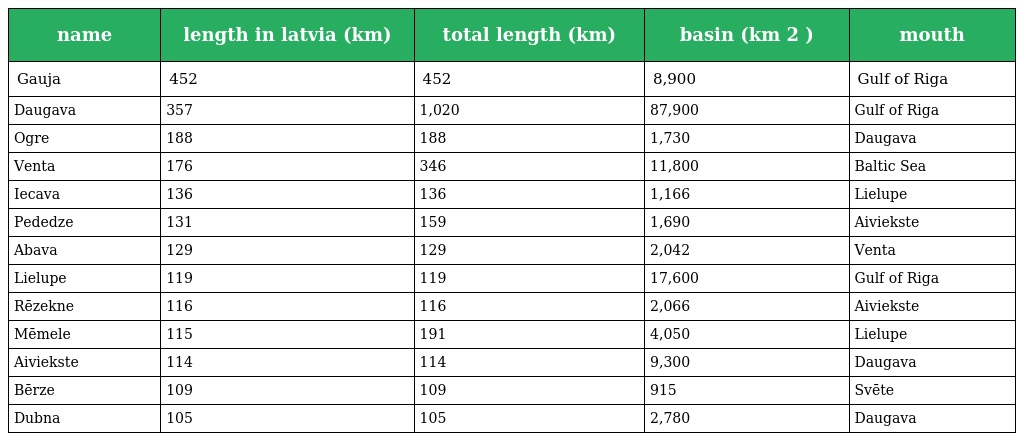
| name | length in latvia (km) | total length (km) | basin (km 2 ) | mouth |
 | --- | --- | --- | --- | --- |
 | Gauja | 452 | 452 | 8,900 | Gulf of Riga |
 | Daugava | 357 | 1,020 | 87,900 | Gulf of Riga |
 | Ogre | 188 | 188 | 1,730 | Daugava |
 | Venta | 176 | 346 | 11,800 | Baltic Sea |
 | Iecava | 136 | 136 | 1,166 | Lielupe |
 | Pededze | 131 | 159 | 1,690 | Aiviekste |
 | Abava | 129 | 129 | 2,042 | Venta |
 | Lielupe | 119 | 119 | 17,600 | Gulf of Riga |
 | Rēzekne | 116 | 116 | 2,066 | Aiviekste |
 | Mēmele | 115 | 191 | 4,050 | Lielupe |
 | Aiviekste | 114 | 114 | 9,300 | Daugava |
 | Bērze | 109 | 109 | 915 | Svēte |
 | Dubna | 105 | 105 | 2,780 | Daugava |